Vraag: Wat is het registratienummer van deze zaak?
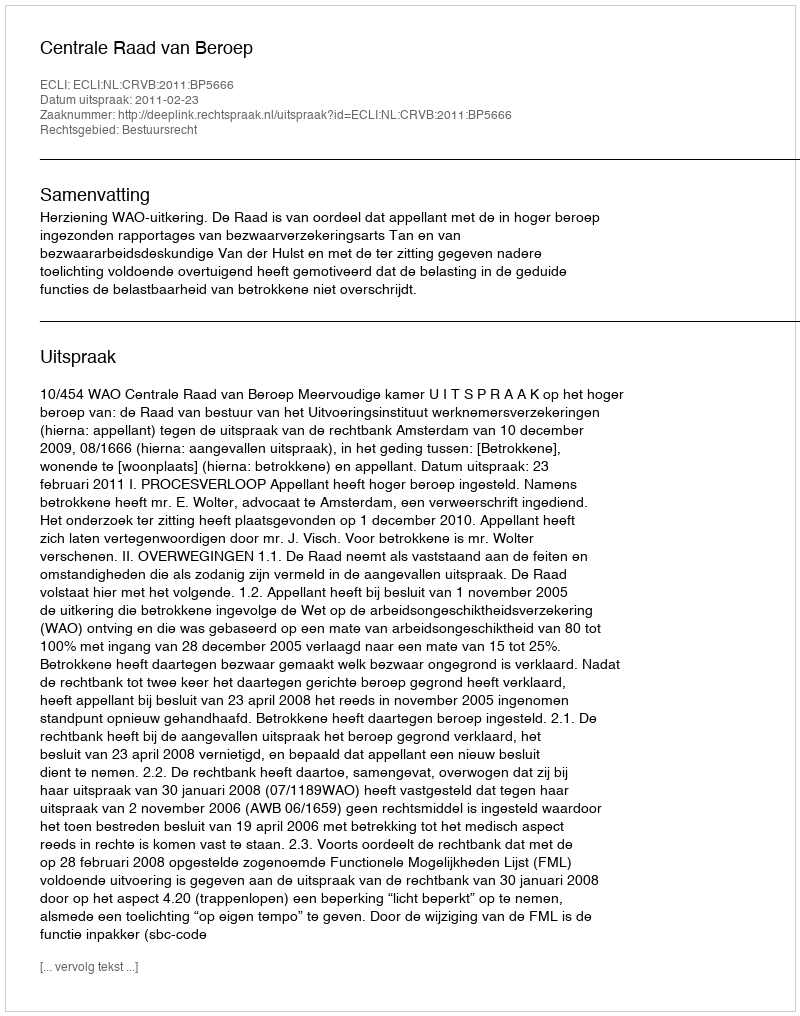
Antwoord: http://deeplink.rechtspraak.nl/uitspraak?id=ECLI:NL:CRVB:2011:BP5666